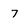
Character: 7